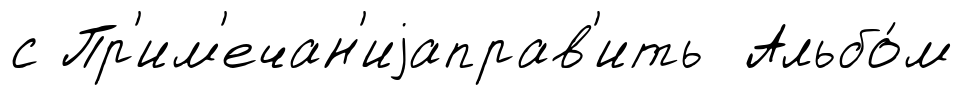
с Пр'им'ечан'иjаправ'ить Альбо́м